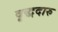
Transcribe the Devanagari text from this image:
वृद्धदारु